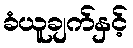
ခံယူချက်နှင့်